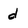
Character: d